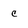
Character: c